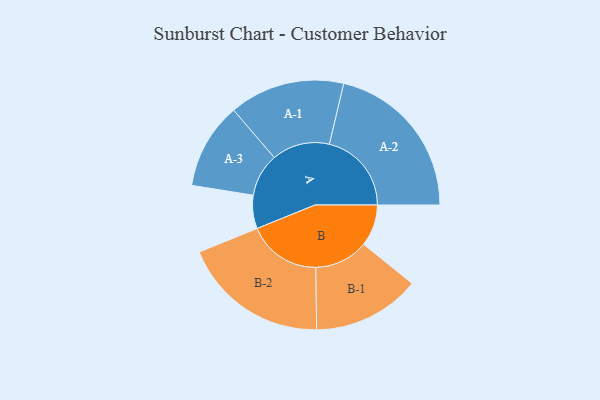
{"axis": {"x": "Segment", "y": "Value"}, "legend": ["", "A", "B"], "data": [{"x": "A", "y": 112, "type": ""}, {"x": "B", "y": 140, "type": ""}, {"x": "A-1", "y": 194, "type": "A"}, {"x": "A-2", "y": 276, "type": "A"}, {"x": "A-3", "y": 145, "type": "A"}, {"x": "B-1", "y": 181, "type": "B"}, {"x": "B-2", "y": 247, "type": "B"}]}